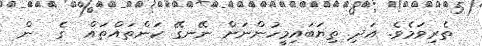
ތެރިވަމެވެ. އަދި ތިޔަބައިމީހުންނަށް ނޭނގޭ ކަންތައްތައް  ގެ  ން